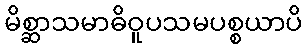
မိစ္ဆာသမာဓိဝူပသမပစ္စယာပိ